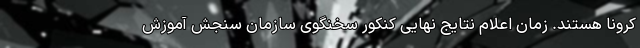
کرونا هستند. زمان اعلام نتایج نهایی کنکور سخنگوی سازمان سنجش آموزش